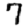
Digit: 7